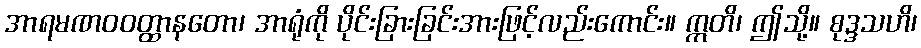
အာရမဏဝဝတ္ထာနတော၊ အာရုံကို ပိုင်းခြားခြင်းအားဖြင့်လည်းကောင်း။ ဣတိ၊ ဤသို့။ စုဒ္ဒသဟိ၊